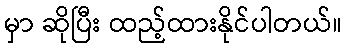
မှာ ဆိုပြီး ထည့်ထားနိုင်ပါတယ်။